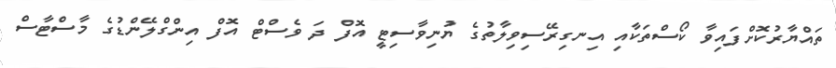
ތައްޔާރުކޮށްފައިވާ ކޯސްތަކާއި އިނގިރޭސިވިލާތުގެ ޔުނިވާސިޓީ އޮފް ދަ ވެސްޓް އޮފް އިންގްލޭންޑުގެ މާސްޓާސް